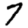
Digit: 7